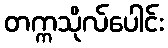
တက္ကသိုလ်ပေါင်း